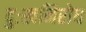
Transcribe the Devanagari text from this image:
दुःखनिरोध